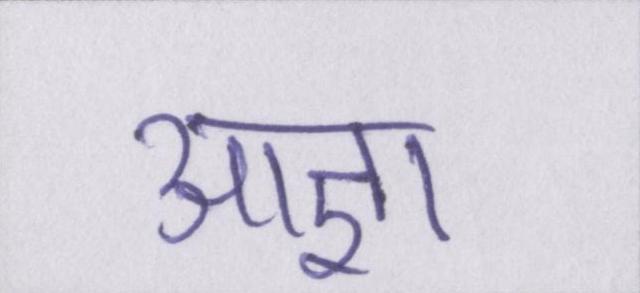
आज्ञा